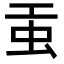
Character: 𧈫